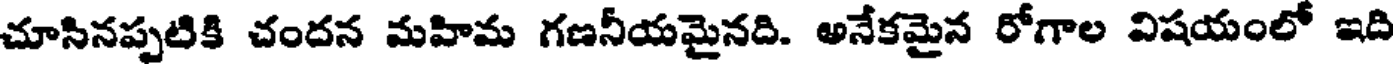
చూసినప్పటికి చందన మహిమ గణనీయమైనది. అనేకమైన రోగాల విషయంలో ఇది